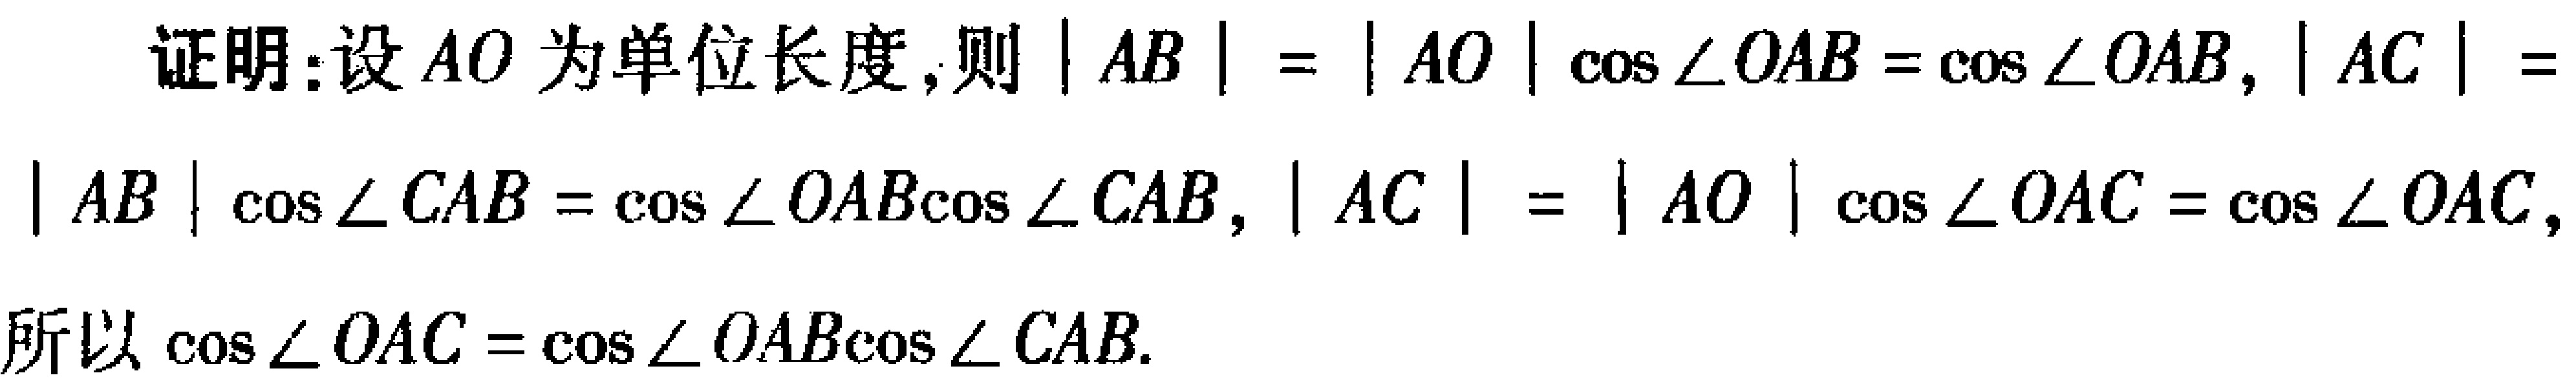
证明：设\(AO\)为单位长度，则\(\vert AB\vert=\vert AO\vert\cos\angle OAB = \cos\angle OAB\)，\(\vert AC\vert=\vert AB\vert\cos\angle CAB=\cos\angle OAB\cos\angle CAB\)，\(\vert AC\vert=\vert AO\vert\cos\angle OAC=\cos\angle OAC\)，所以\(\cos\angle OAC=\cos\angle OAB\cos\angle CAB\)。